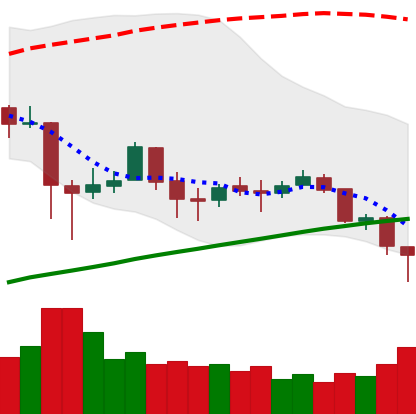
Ticker: BTC-USD
Chart end date: 2018-02-02
Forward return: -13.696%
Label: down_7plus